Dysentery and liver abscess in Bombay - Number 47
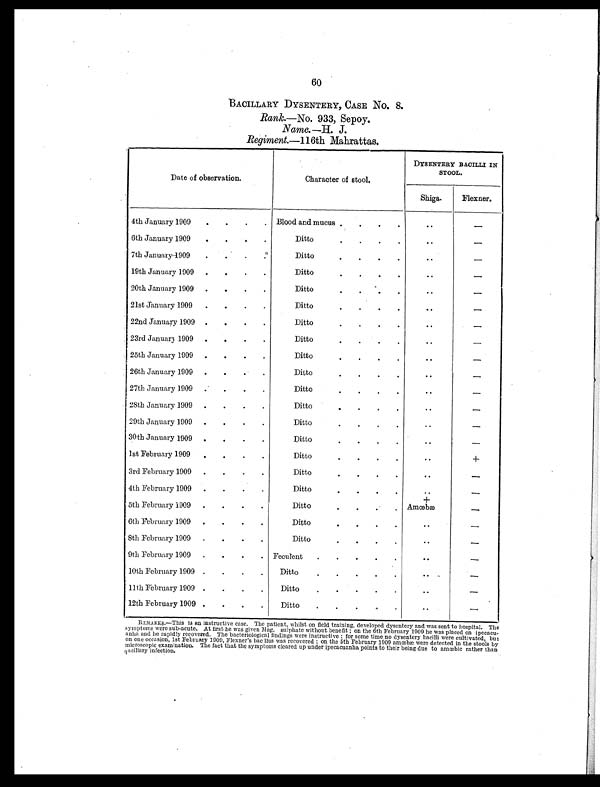
60
BACILLARY DYSENTERY, CASE No. 8.
Rank.—No. 933, Sepoy.
Name.—H. J.
Regiment.—116th Mahrattas.
Date of observation.
Character of stool.
DYSENTERY BACILLI IN
STOOL.
Shiga.
Flexner.
4th January 1909.
.
.
.
Blood and mucus . . . .
..
–
6th January 1909. . .
.
Ditto
. . . .
. .
–
7th January 1909.
.
.
.
Ditto
. . . .
..
–
19th January 1909.
.
.
.
Ditto
. .
.
. .
–
20th January 1909.
.
.
.
Ditto
. . .
. .
–
21st January 1909.
.
.
.
Ditto
. . . .
. .
–
22nd January 1909.
.
.
.
Ditto
. . . .
. .
–
23rd January 1909.
.
.
.
Ditto
. . . .
. .
–
25th January 1909 .
.
.
.
Ditto
. . .
.
. .
–
26th January 1909.
.
.
.
Ditto
.
.
.
.
. .
–
27th January 1909 .
.
.
.
Ditto
. . .
.
. .
–
2Sth January 1909.
.
.
.
Ditto
. . .
.
..
–
29th January 1909.
.
.
.
Ditto
. . . .
. .
–
30th January 1909.
.
.
.
Ditto
. .
.
. .
–
1st February 1909.
.
.
.
Ditto
.
.
.
.
..
+
3rd February 1909.
.
.
.
Ditto
. . .
.
. .
–
4th February 1909.
.
.
.
Ditto
. . . .
. .
–
+
–
5th February
February 1009.
.
.
.
Ditto
.
.
.
Amœba
–
6th February 1909.
.
.
.
Ditto
. . . .
..
–
Sth February 1909.
.
.
.
Ditto
. . . .
. .
–
9th February 1909.
.
.
.
Feculent
. . .
.
. .
–
10th February 1909.
.
.
.
Ditto
.
.
.
.
. .
–
11th February 1909.
.
.
.
.
.
Ditto
.
. .
..
–
12th February 1909.
.
.
.
Ditto
. . .
. .
–
REMARKS.—This is an instructive case. The patient, whilst on field training, developed dysentery and was sent to hospital. The
symptoms were sub-acute. At first he was given Mag. sulphate without benefit ; on the 6th February 1909 he was placed on ipecacu-
anha and be rapidly recovered. The bacteriological findings were instructive : for some time no dysentery bacilli were cultivated, but
on one occasion, 1st February 1909, Flexner's bacillus was recovered ; on the 6th February 1909 amœbæ were detected in the stools by
microscopic examination. The fact that the symptoms cleared up under ipecacuanha points to their being due to amœbic rather than
qacillary infection.